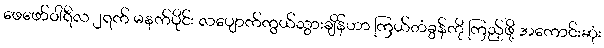
ဖေဖော်ဝါရီလ ၂ရက် မနက်ပိုင်း လပျောက်ကွယ်သွားချိန်ဟာ ကြယ်တံခွန်ကို ကြည့်ဖို့ အကောင်းဆုံး